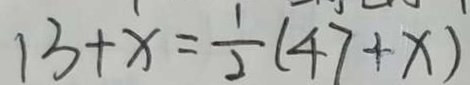
1 3 + x = \frac { 1 } { 2 } ( 4 7 + x )